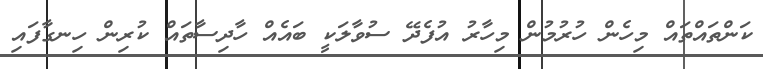
ކަންތައްތައް މިހެން ހުރުމުން މިހާރު އުފެދޭ ސުވާލަކީ ބައެއް ހާދިސާތައް ކުރިން ހިނގާފައި